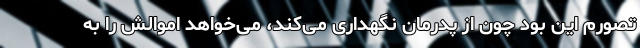
تصورم این بود چون از پدرمان نگهداری می‌کند، می‌خواهد اموالش را به